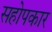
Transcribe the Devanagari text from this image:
सहोपकार